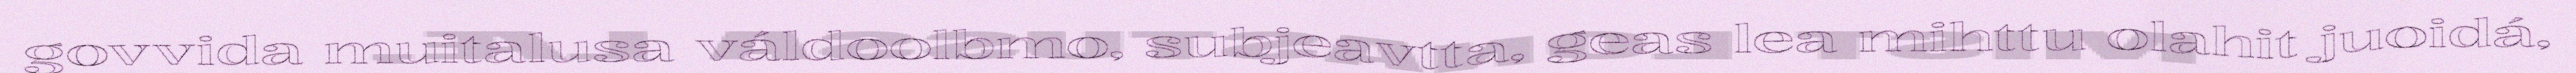
govvida muitalusa váldoolbmo, subjeavtta, geas lea mihttu olahit juoidá,